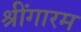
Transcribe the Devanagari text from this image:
श्रींगारम